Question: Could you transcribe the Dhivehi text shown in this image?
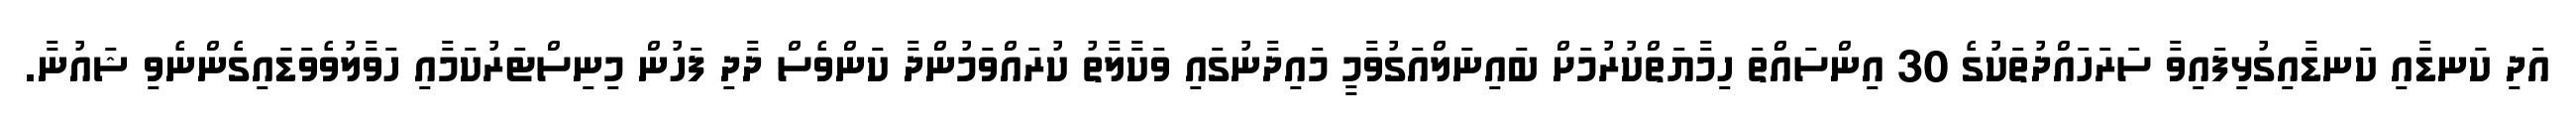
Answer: އަދި ކަނޑާއި ކަނޑާއިގުޅިފައިވާ ސަރަހައްދުތަކުގެ 30 އިންސައްތަ ހިމާޔަތްކުރުމަށް ބައިނަލްއަގުވާމީ މައިދާނުގައި ވަކާލާތު ކުރައްވަމުންދާ ކަންވެސް ދާދި ފަހުން މިނިސްޓަރުކަމާއި ހަވާލުވެވަޑައިގެންނެވި ޝައުނާ.